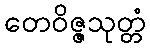
တေဝိဇ္ဇသုတ္တံ